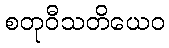
စတုဝီသတိယေဝ